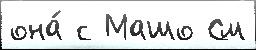
она́ с Машо См